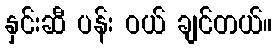
နှင်းဆီ ပန်း ဝယ် ချင်တယ်။